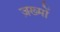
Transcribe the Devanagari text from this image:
ज़ख्‍मों